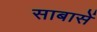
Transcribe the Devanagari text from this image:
साबासें